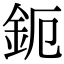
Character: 鈪